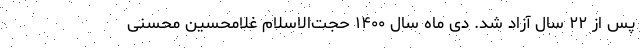
پس از ۲۲ سال آزاد شد. دی ماه سال ۱۴۰۰ حجت‌الاسلام غلامحسین محسنی